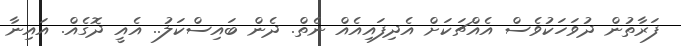
ފަރާތުން ދުވަހަކުވެސް އެއްޗަކަށް އެދިފައިއެއް ނެތް. ދެން ބައިސްކަލު.. އެއީ ދޮގެއް. އައިނާ